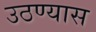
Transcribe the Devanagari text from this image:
उठण्यास